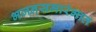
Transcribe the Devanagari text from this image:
भजनसमारंभात